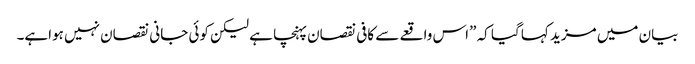
بیان میں مزید کہا گیا کہ ”اس واقعے سے کافی نقصان پہنچا ہے لیکن کوئی جانی نقصان نہیں ہواہے۔